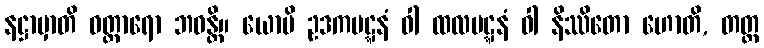
နဋ္ဌာမှာတိ ဝတ္တာရော ဘဝန္တိ။ ယောပိ ဥဒကပဋ္ဋနံ ဝါ ထလပဋ္ဋနံ ဝါ နိဿိတော ဟောတိ, တတ္ထ